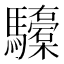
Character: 𮪞